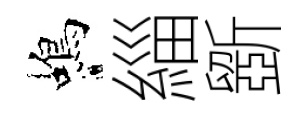
蝎緇斵